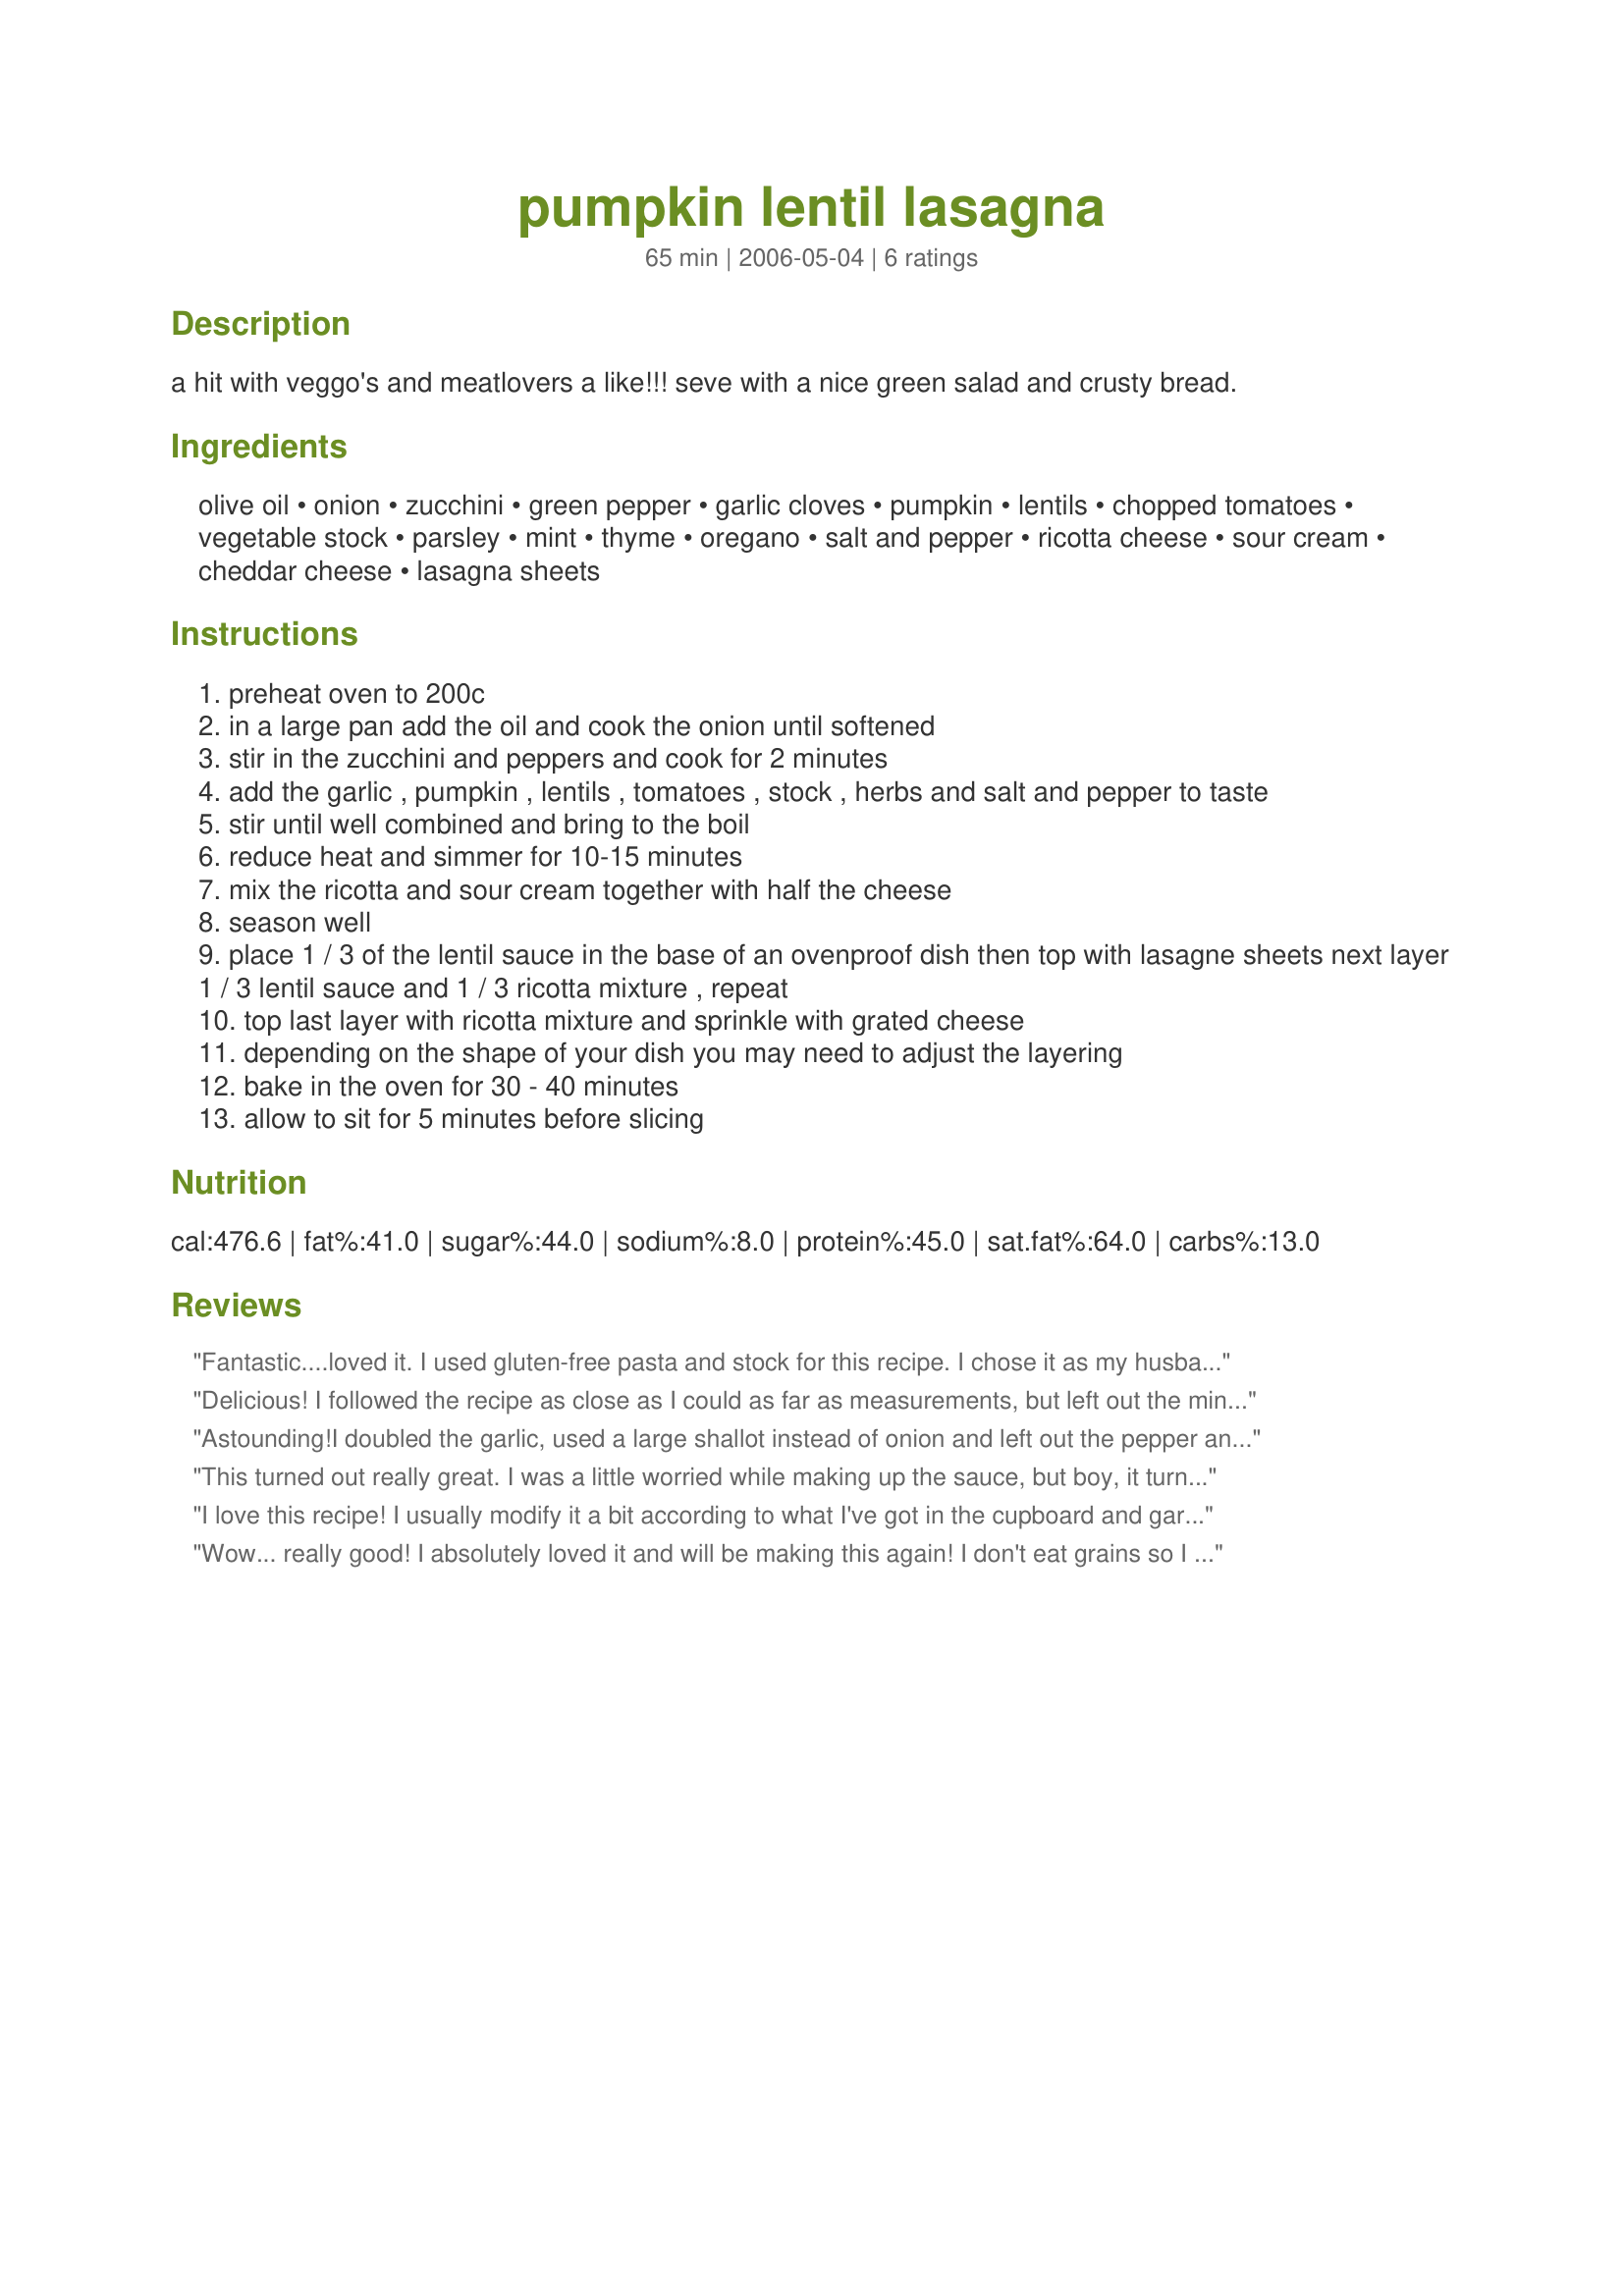
pumpkin lentil lasagna
Preparation time: 65 minutes

a hit with veggo's and meatlovers a like!!! seve with a nice green salad and crusty bread.

Ingredients:
olive oil, onion, zucchini, green pepper, garlic cloves, pumpkin, lentils, chopped tomatoes, vegetable stock, parsley, mint, thyme, oregano, salt and pepper, ricotta cheese, sour cream, cheddar cheese, lasagna sheets

Steps:
preheat oven to 200c
in a large pan add the oil and cook the onion until softened
stir in the zucchini and peppers and cook for 2 minutes
add the garlic , pumpkin , lentils , tomatoes , stock , herbs and salt and pepper to taste
stir until well combined and bring to the boil
reduce heat and simmer for 10-15 minutes
mix the ricotta and sour cream together with half the cheese
season well
place 1 / 3 of the lentil sauce in the base of an ovenproof dish then top with lasagne sheets next layer 1 / 3 lentil sauce and 1 / 3 ricotta mixture , repeat
top last layer with ricotta mixture and sprinkle with grated cheese
depending on the shape of your dish you may need to adjust the layering
bake in the oven for 30 - 40 minutes
allow to sit for 5 minutes before slicing

Reviews:
Fantastic....loved it. I used gluten-free pasta and stock for this recipe. I chose it as my husband brought home the hugest pumpkin from a roadside stall. I wasn't so sure how the lentils and pumpkin would be all blended together with the sauce- but I shouldn't have worried as they made a wonderful tasty filling. The lasagne came together easily. I made a double recipe that made one HUGE vege lasagne....so I will be slicing and freezing for quick meals OAMC style. Editted to add- I took over 1/2 my lasagne to my parents today-my 79 year old Dad said it was delish, had seconds and he doesn't even like pumpkin (but what he doesn't know -wont hurt him right ) . The flavours in this lasagne improved overnight- the day after baking this lasagne tasted even better. Thanks for a great recipe Stardustannie - we'll definitely be making this one again *Recipe made during PAC Spring 08* Photo also being posted
Delicious! I followed the recipe as close as I could as far as measurements, but left out the mint, I didn&#039;t have any to use. I used a combo of cheddar and mozzarella cheese and added some parsley, garlic and onion powder to the ricotta mix. I loved how creamy this was. You couldn&#039;t taste the pumpkin or detect the lentils.Spinach would work really well in this recipe. My DH isn&#039;t a fan of lasagna of any kind and he said he loved this. It sliced up easily and really held it&#039;s shape, but wasn&#039;t the least bit dry. I baked this up in an 8x8 baking and would say it would easily feed six. Thanks for sharing this tasty, healthy recipe.
Astounding!<br/><br/>I doubled the garlic, used a large shallot instead of onion and left out the pepper and mint. Other than that I followed it exactly. The sauce looks like vomit but tastes so amazingly good hubby and I were truly gobsmacked. Will make again whenever pumpkins are in season. Nomnomnom
This turned out really great. I was a little worried while making up the sauce, but boy, it turned out good. I love the pumpkin and lentils and used low fat cheese and sour cream. This was my first time using non-cook pasta and it worked out great. I will make this again for sure. Thanks for posting!
I love this recipe! I usually modify it a bit according to what I've got in the cupboard and garden and I use a traditional cheese topping, but it's a fantastic all season recipe!
Wow... really good! I absolutely loved it and will be making this again! I don't eat grains so I actually replaced the pasta with thinly sliced eggplant (I know its not the same but I do what I can lol) and it was still realllllllly good!
